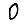
Digit: 0